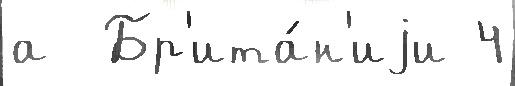
а  Бр'ита́н'иjи 4